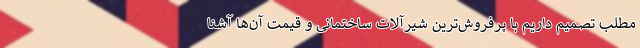
مطلب تصمیم داریم با پرفروش‌ترین شیرآلات ساختمانی و قیمت آن‌ها آشنا